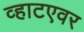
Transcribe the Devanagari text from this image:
व्हाटएवर